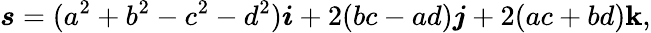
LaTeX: \boldsymbol{s}=(a^{2}+b^{2}-c^{2}-d^{2})\boldsymbol{i}+2(bc-ad)\boldsymbol{j}+2(ac+bd)\boldsymbol{\mathbf{k}},